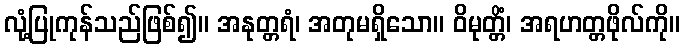
လုံ့ပြုကုန်သည်ဖြစ်၍။ အနုတ္တရံ၊ အတုမရှိသော။ ဝိမုတ္တိံ၊ အရဟတ္တဖိုလ်ကို။